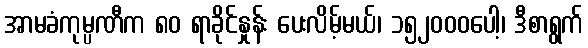
အာမခံကုမ္ပဏီက ၈၀ ရာခိုင်နှုန်း ပေးလိမ့်မယ်၊ ၁၅၂၀၀၀ပေါ့၊ ဒီစာရွက်